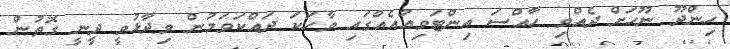
ހިންދޫ ނޫހަށް ދެއްވި ހާއްސަ އިންޓަވިއުއެއްގައި ވާހަކަ ދައްކަަވަމުން ވިދާޅުވީ ދީނީ ގޮތުން